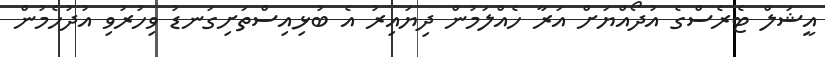
އީޝަލް ޓެރެސްގެ އުދޯއްޔަށް އަރާ ހެއްލަމުން ދިޔައިރު އެ ބުޅިއިސްތަށިގަނޑު ވިހުރުވި އުދުހެމުން